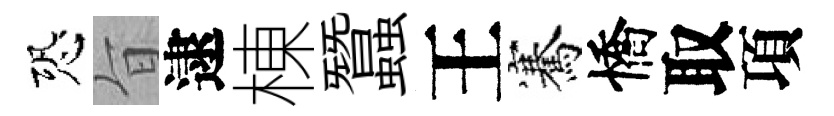
恐旨逮棟蠶王騫憍取項